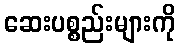
ဆေးပစ္စည်းများကို